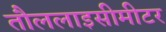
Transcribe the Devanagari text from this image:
तौललाइसीमीटर